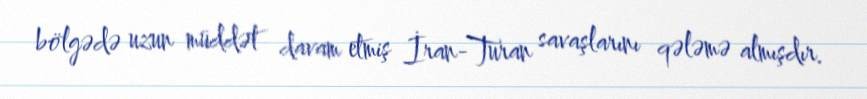
bölgədə uzun müddət davam etmiş İran-Turan savaşlarını qələmə almışdır.